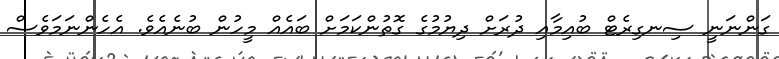
ގަންނަނީ ސިނގިރެޓް ބުއިމާއި ދުރަށް ދިޔުމުގެ ގޮތުންކަމަށް ބައެއް މީހުން ބުނެއެވެ. އެހެންނަމަވެސް